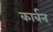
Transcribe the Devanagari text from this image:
कार्बन्